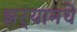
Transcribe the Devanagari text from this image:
झर्‍यामधे